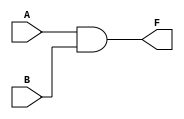

module KEY_AND_LED ( A, B, F );
input A,B;         // ??????,??KEY1  KEY2??A B?? 
output F;          // ??????,F???LED???
assign F = A & B;  //??F??1 LED?????
                   //??F??0 LED????
endmodule